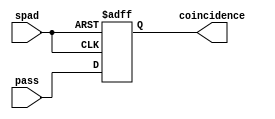
`timescale 1ns / 1ps


module self_trigger(
	input spad,
	input pass,
	output reg coincidence
);

wire spadb;
assign spadb = ~spad;

always@(posedge spad or posedge spadb)
begin
    if (spadb) begin
        coincidence <= 1'd0;
    end
    else begin
        coincidence <= pass;
    end
end
endmodule